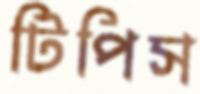
টিপিস